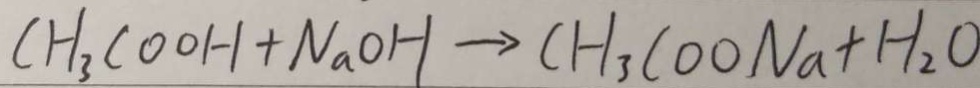
C H _ { 3 } C O O H + N a O H \rightarrow C H _ { 3 } C O O N a + H _ { 2 } O